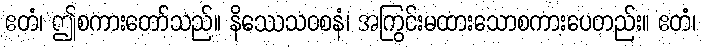
ဧတံ၊ ဤစကားတော်သည်။ နိဿေသဝစနံ၊ အကြွင်းမထားသောစကားပေတည်း။ ဧတံ၊